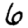
Digit: 6